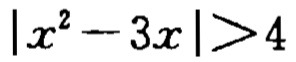
\(|x^{2}-3x|>4\)